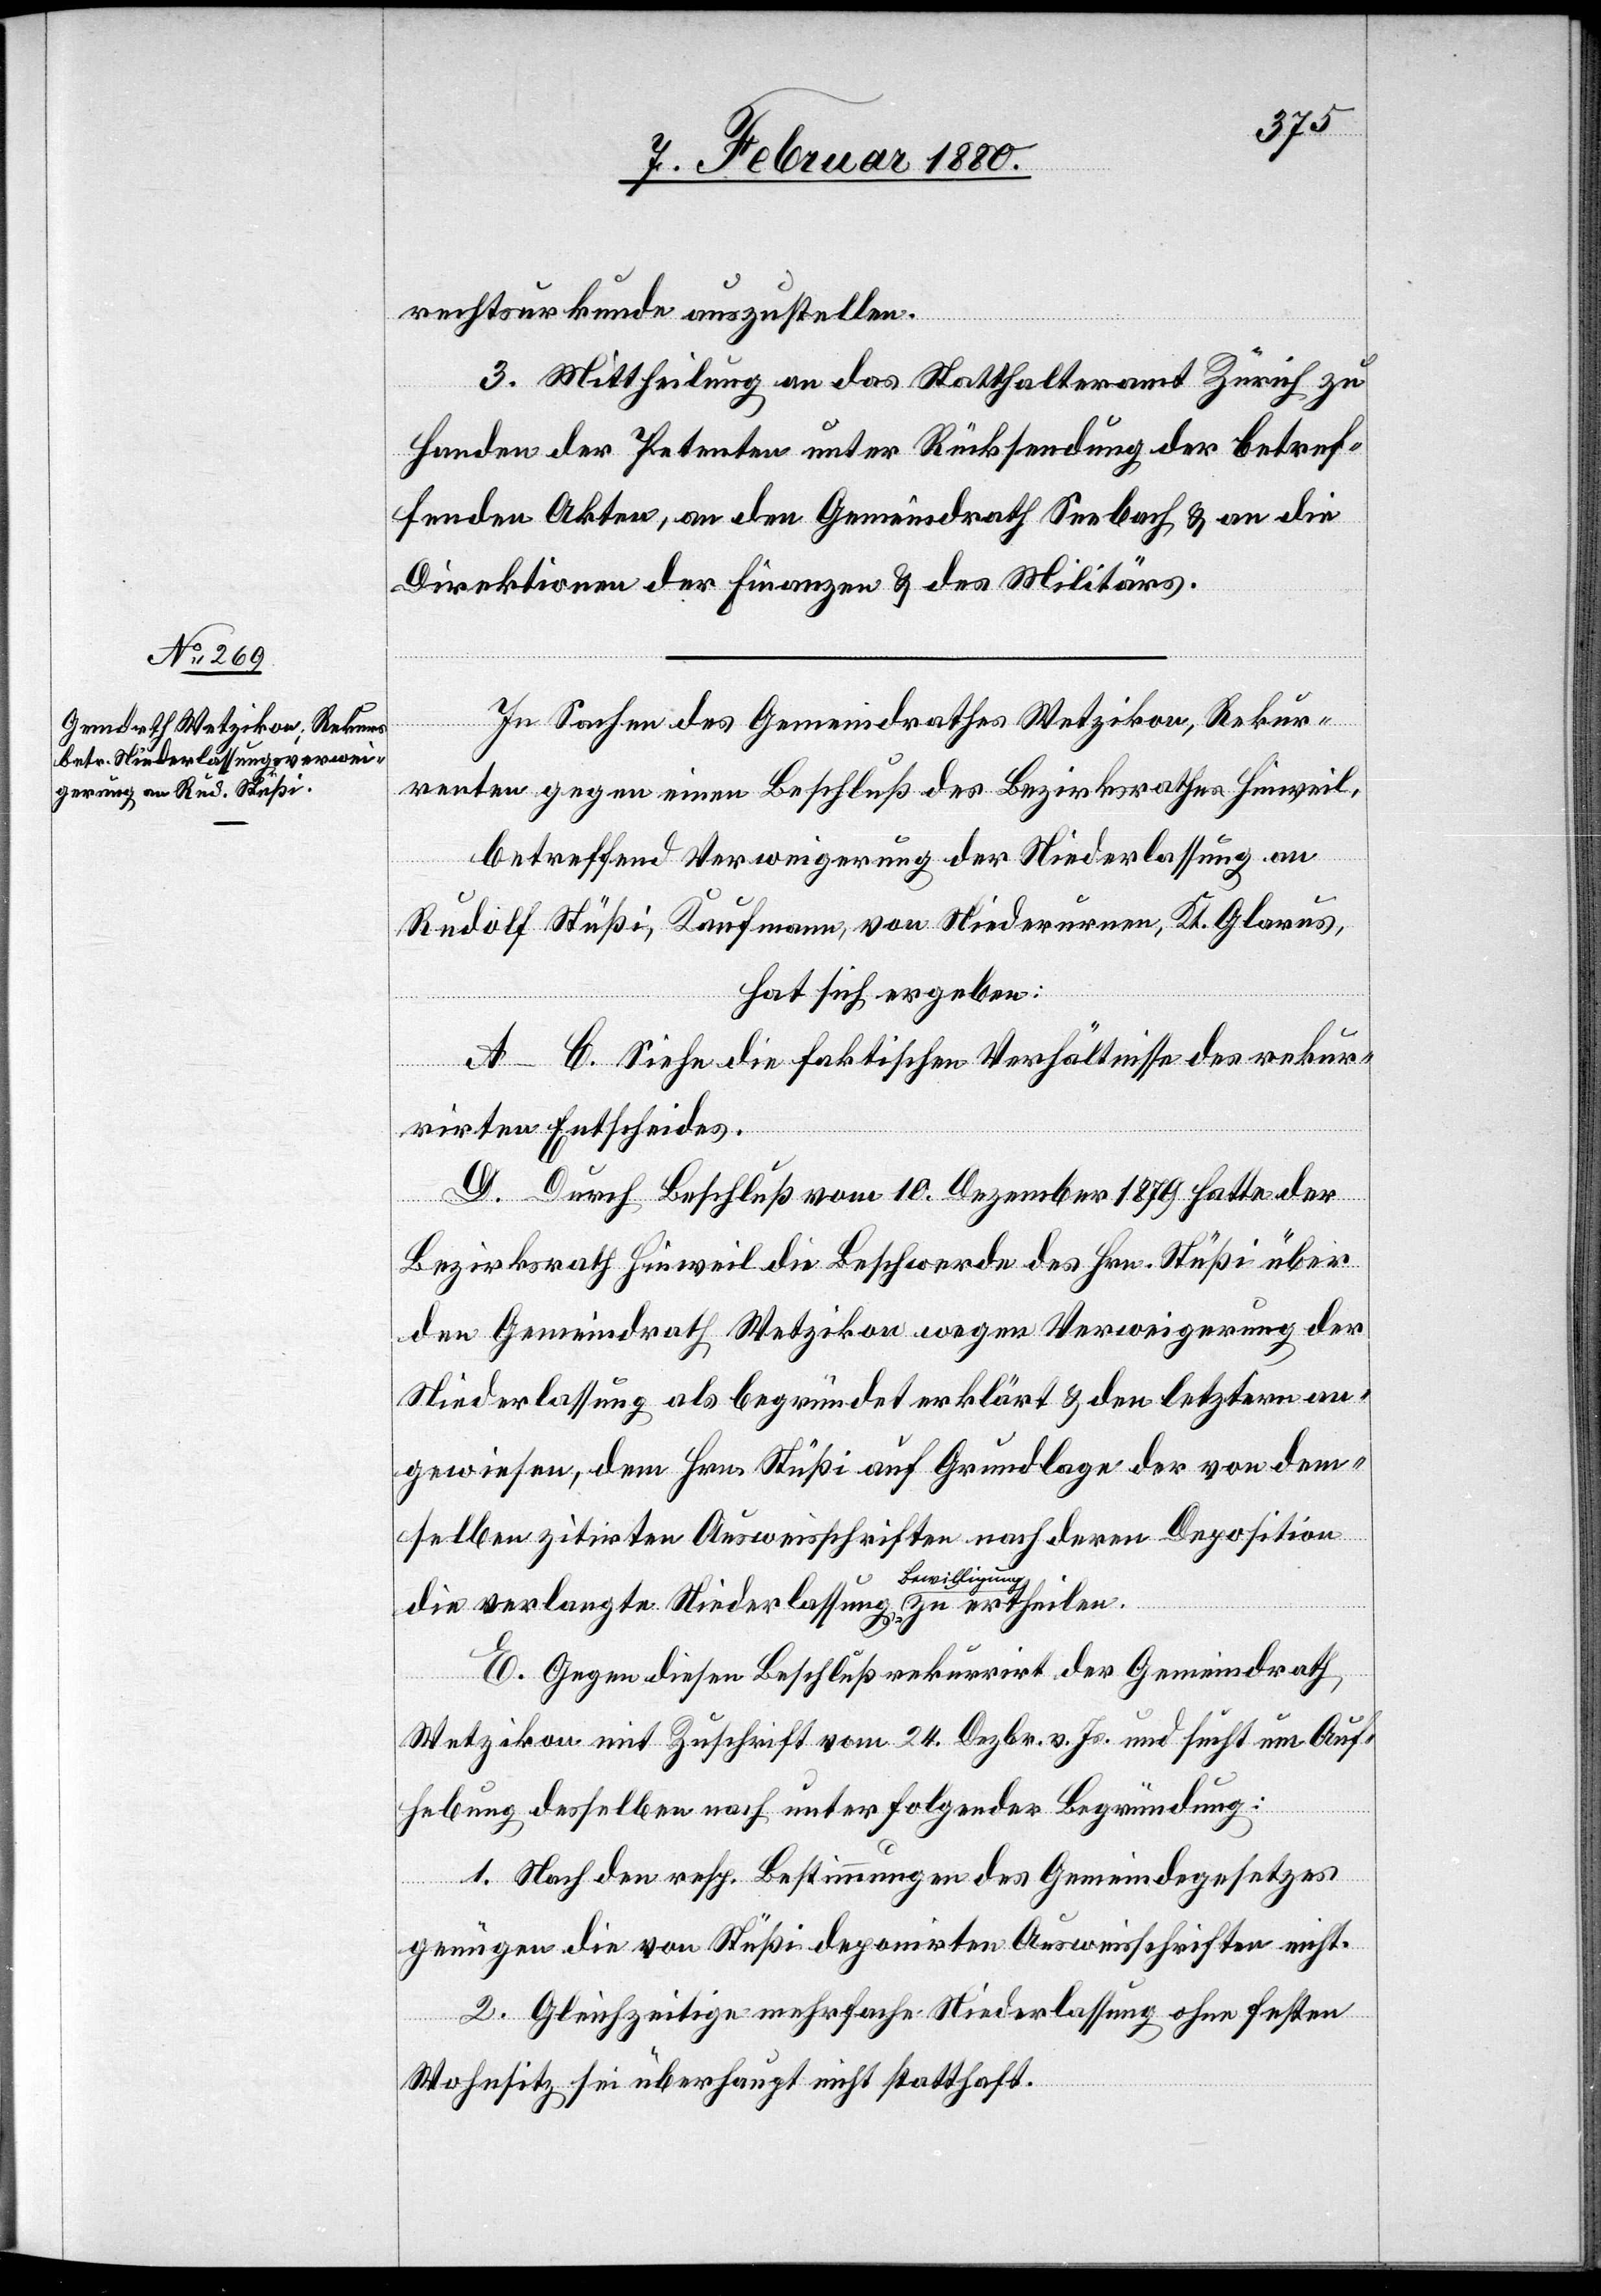
rechtsurkunde auszustellen.
3. Mittheilung an das Statthalteramt Zürich zu
Handen der Petenten unter Rücksendung der betref¬
fenden Akten, an den Gemeindrath Seebach & an die
Direktionen der Finanzen & des Militärs.
In Sachen des Gemeindrathes Wetzikon, Rekur¬
renten gegen einen Beschluß des Bezirksrathes Hinweil,
ilen.
betreffend Verweigerung der Niederlassung an
Rudolf Stüßi, Kaufmann, von Niederurnen, Kt. Glarus,
hat sich ergeben:
A–C. Siehe die faktischen Verhältnisse des rekur¬
rirten Entscheides.
D. Durch Beschluß vom 10. Dezember 1879 hatte der
Bezirksrath Hinweil die Beschwerde des Hrn. Stüßi über
den Gemeindrath Wetzikon wegen Verweigerung der
Niederlassung als begründet erklärt & den letztern an¬
gewiesen, dem Hrn. Stüßi auf Grundlage der von dem¬
selben zitirten Ausweisschriften nach deren Deposition
E. Gegen diesen Beschluß rekurrirt der Gemeindrath
Wetzikon mit Zuschrift vom 24. Dezbr. v. Js. und sucht um Auf¬
hebung desselben nach unter folgender Begründung:
1. Nach den resp. Bestimmungen des Gemeindegesetzes
genügen die von Stüßi deponirten Ausweisschriften nicht.
2. Gleichzeitige mehrfache Niederlassung ohne festen
Wohnsitz sei überhaupt nicht statthaft.